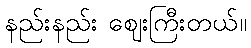
နည်းနည်း ဈေးကြီးတယ်။